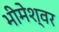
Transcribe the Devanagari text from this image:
भीमेश्‍वर